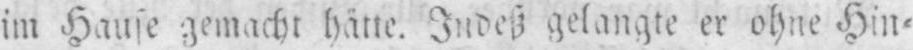
gemacht hätte. Indeß gelangte er ohne Hin⸗